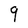
Character: 9